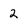
Character: 2